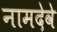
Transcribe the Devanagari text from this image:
नामदेवे